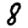
Digit: 8